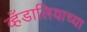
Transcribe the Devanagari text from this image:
व्हँडालियाच्या